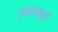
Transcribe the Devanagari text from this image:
स्थाननों